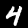
Digit: 4